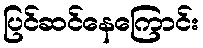
ပြင်ဆင်နေကြောင်း